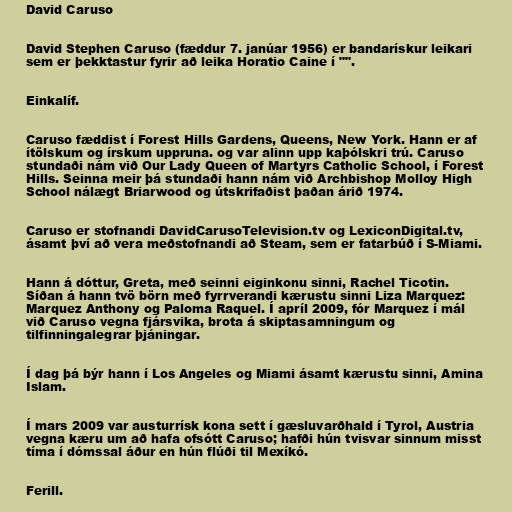
David Caruso

David Stephen Caruso (fæddur 7. janúar 1956) er bandarískur leikari
sem er þekktastur fyrir að leika Horatio Caine í "".

Einkalíf.

Caruso fæddist í Forest Hills Gardens, Queens, New York. Hann er af
ítölskum og írskum uppruna. og var alinn upp kaþólskri trú. Caruso
stundaði nám við Our Lady Queen of Martyrs Catholic School, í Forest
Hills. Seinna meir þá stundaði hann nám við Archbishop Molloy High
School nálægt Briarwood og útskrifaðist þaðan árið 1974.

Caruso er stofnandi DavidCarusoTelevision.tv og LexiconDigital.tv,
ásamt því að vera meðstofnandi að Steam, sem er fatarbúð í S-Miami.

Hann á dóttur, Greta, með seinni eiginkonu sinni, Rachel Ticotin.
Síðan á hann tvö börn með fyrrverandi kærustu sinni Liza Marquez:
Marquez Anthony og Paloma Raquel. Í apríl 2009, fór Marquez í mál
við Caruso vegna fjársvika, brota á skiptasamningum og
tilfinningalegrar þjáningar.

Í dag þá býr hann í Los Angeles og Miami ásamt kærustu sinni, Amina
Islam.

Í mars 2009 var austurrísk kona sett í gæsluvarðhald í Tyrol, Austria
vegna kæru um að hafa ofsótt Caruso; hafði hún tvisvar sinnum misst
tíma í dómssal áður en hún flúði til Mexíkó.

Ferill.